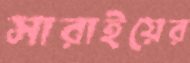
সারাইয়ের